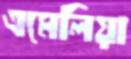
এমেলিয়া